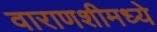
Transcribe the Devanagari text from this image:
वाराणशीमध्ये